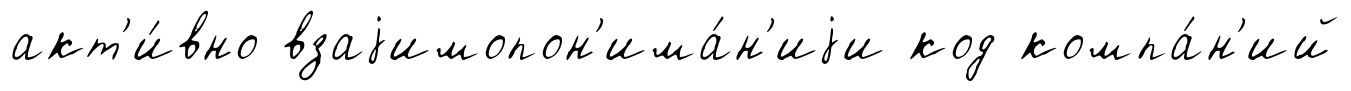
акт'и́вно взаjимопон'има́н'иjи код компа́н'ий